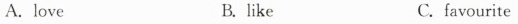
A.love B.like C.favourite